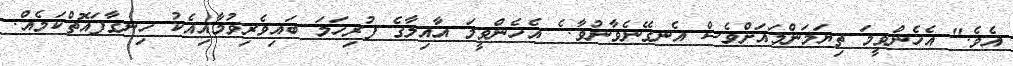
އެވެ." އެހެންވީމަ ތިޔަމަންމައަށްވެސް އެނގޭނެވާނުވާ. ެ އެހެންވީމަ އާއިލާގެ ފުރިހަމަ ބައިވެރިވުމާއިއެކު ހިނގާފައޮތްކަމެއް.